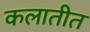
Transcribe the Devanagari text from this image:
कलातीत